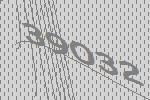
39032